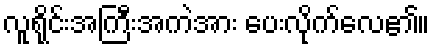
လူရိုင်းအကြီးအကဲအား ပေးလိုက်လေ၏။